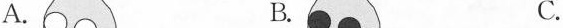
A. B. C.